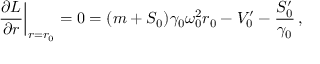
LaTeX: \left. { \frac { \partial L } { \partial r } } \right| _ { r = r _ { 0 } } = 0 = ( m + S _ { 0 } ) \gamma _ { 0 } \omega _ { 0 } ^ { 2 } r _ { 0 } - V _ { 0 } ^ { \prime } - { \frac { S _ { 0 } ^ { \prime } } { \gamma _ { 0 } } } \, ,